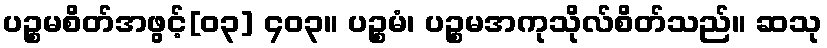
ပဉ္စမစိတ်အဖွင့်[၀၃] ၄၀၃။ ပဉ္စမံ၊ ပဉ္စမအကုသိုလ်စိတ်သည်။ ဆသု